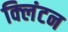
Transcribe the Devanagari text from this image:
क्‍लिंटन